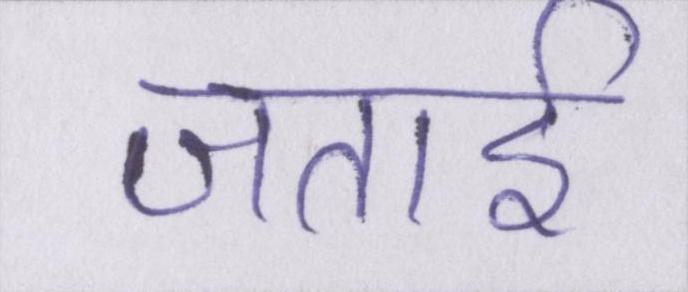
जताई